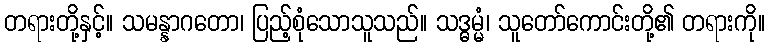
တရားတို့နှင့်။ သမန္နာဂတော၊ ပြည့်စုံသောသူသည်။ သဒ္ဓမ္မံ၊ သူတော်ကောင်းတို့၏ တရားကို။